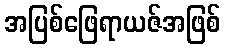
အပြစ်ဖြေရာယဇ်အဖြစ်